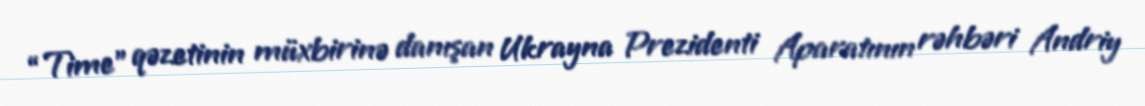
“Time” qəzetinin müxbirinə danışan Ukrayna Prezidenti Aparatının rəhbəri Andriy